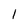
Character: l